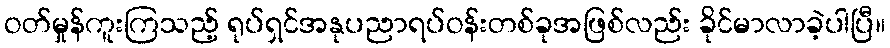
ဝတ်မှုန်ကူးကြသည့် ရုပ်ရှင်အနုပညာရပ်ဝန်းတစ်ခုအဖြစ်လည်း ခိုင်မာလာခဲ့ပါပြီ။